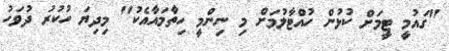
"ގައުމީ ޓީމަށް ކުޅުން ހުއްޓާލުމަށް މި ނިންމީ ހިތާމައާއެކު" މިދިޔަ ހުކުރު ދުވަހު